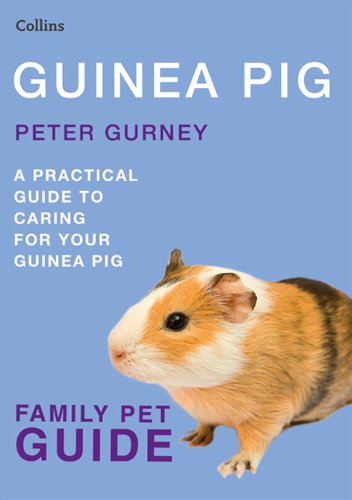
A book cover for Guinea Pig (Collins Family Pet Guide); Peter Gurney; Crafts, Hobbies & Home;